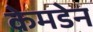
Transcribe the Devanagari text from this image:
केमडेन